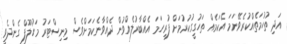
އަދި ތުހުމަތެއްކުރެވޭނަމަ އެކަމެއް ތަހުގީގުކުރުމަށް ފުރިހަމަ އެއްބާރުލެއްވުން ދެއްވާނެކަމަށްވެސް މިނިސްޓަރު މަހުލޫފް ގެންދެވީ